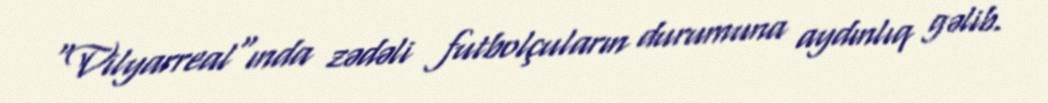
"Vilyarreal"ında zədəli futbolçuların durumuna aydınlıq gəlib.